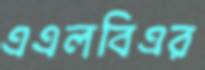
এএলবিএর